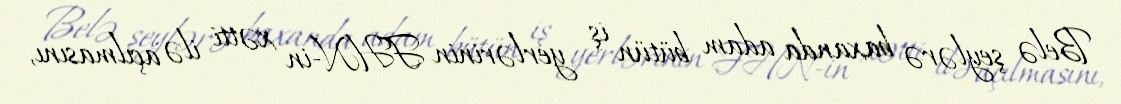
Belə şeylərə baxanda adam bütün iş yerlərinin FHN-in xətti ilə açılmasını,